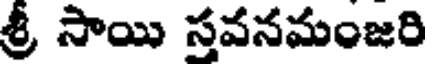
శ్రీ సాయి సవనమంజరి